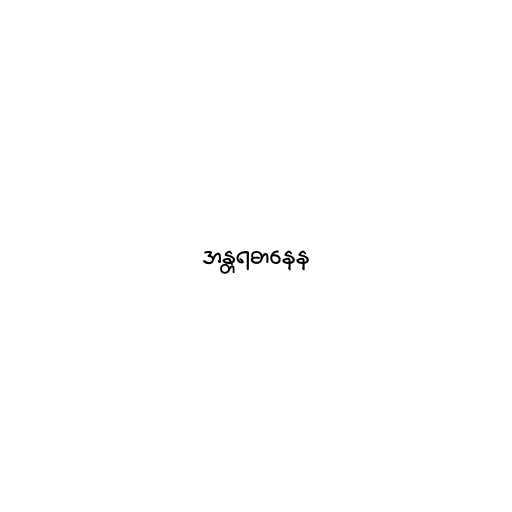
အန္တရဓာနေန